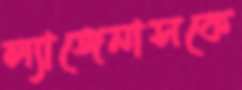
ল্যাঙ্গেনাসকে